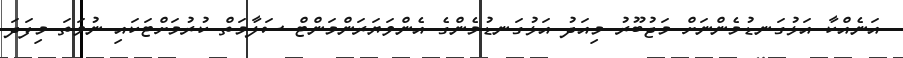
އަނެއްކާ އަޅުގަނޑުމެންނަށް މަޖުބޫރު މިއަދު އަޅުގަނޑުމެންގެ އެންވަޔަރަންމަންޓް ސަލާމަތް ކުރުމަށްޓަކައި ނުވަތަ މިފަދަ